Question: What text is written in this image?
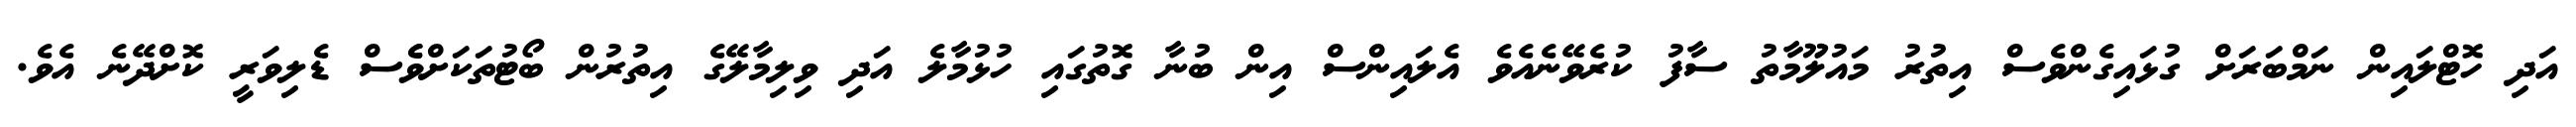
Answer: އަދި ހޮޓްލައިން ނަމްބަރަށް ގުޅައިގެންވެސް އިތުރު މައުލޫމާތު ސާފު ކުރެވޭނެއެވެ އެލައިންސް އިން ބުނާ ގޮތުގައި ހުޅުމާލެ އަދި ވިލިމާލޭގެ އިތުރުން ބޯޓުތަކަށްވެެސް ޑެލިވަރީ ކޮށްދޭނެ އެވެ.